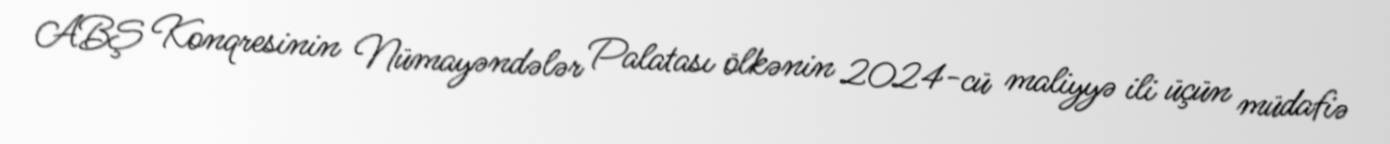
ABŞ Konqresinin Nümayəndələr Palatası ölkənin 2024-cü maliyyə ili üçün müdafiə